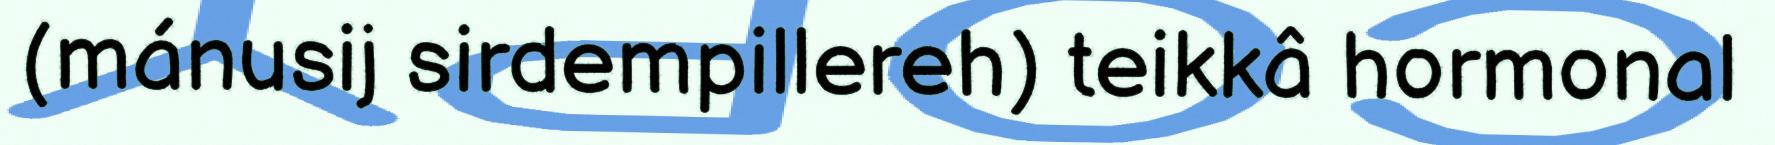
(mánusij sirdempillereh) teikkâ hormonal